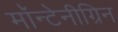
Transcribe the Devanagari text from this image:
मॉन्टेनीग्रिन